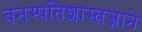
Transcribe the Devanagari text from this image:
वनस्पतिशास्त्रज्ञाने